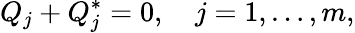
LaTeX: Q_{j}+Q_{j}^{*}=0,\quad j=1,\ldots,m,